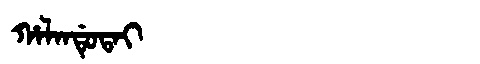
Manchu: ᡥᠠᠯᠠᠨᡩᡠᡨᠠᡳ
Romanization: HALANDUTAI